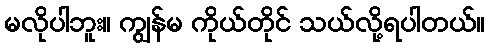
မလိုပါဘူး။ ကျွန်မ ကိုယ်တိုင် သယ်လို့ရပါတယ်။